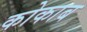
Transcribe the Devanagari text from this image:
कोकाब